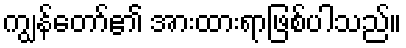
ကျွန်တော်၏ အားထားရာဖြစ်ပါသည်။